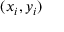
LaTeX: ( x _ { i } , y _ { i } )